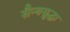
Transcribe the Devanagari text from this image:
सैन्यसुद्धा